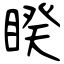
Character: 睽